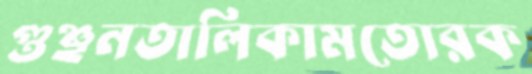
গুঞ্ছনতালিকামতোরক